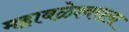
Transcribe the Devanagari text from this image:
महाबळेश्वराला